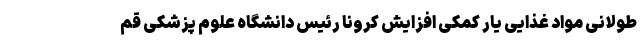
طولانی مواد غذایی یار کمکی افزایش کرونا رئیس دانشگاه علوم پزشکی قم